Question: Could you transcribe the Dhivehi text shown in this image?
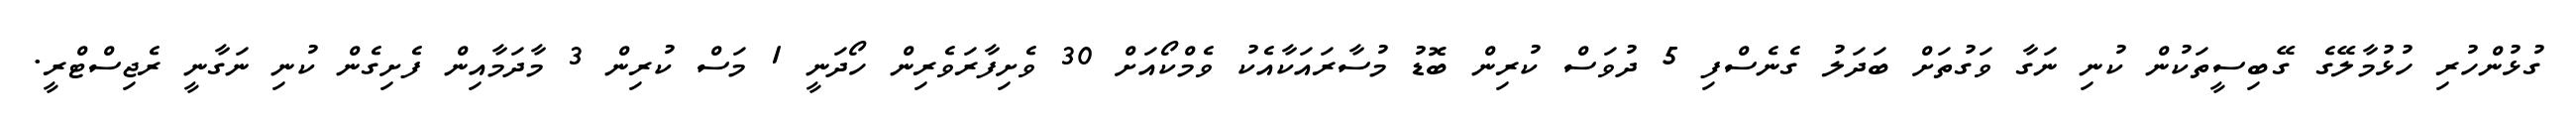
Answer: ގުޅުންހުރި ހުޅުމާލޭގެ ގޭބިސީތަކުން ކުނި ނަގާ ވަގުތަށް ބަދަލު ގެނެސްފި 5 ދުވަސް ކުރިން ބޮޑު މުސާރައަކާއެކު ވެމްކޯއަށް 30 ވެށިފާރަވެރިން ހޯދަނީ 1 މަސް ކުރިން 3 މާދަމާއިން ފެށިގެން ކުނި ނަގާނީ ރެޖިސްޓްރީ.